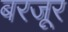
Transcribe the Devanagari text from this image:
बरजूर